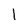
Character: 1